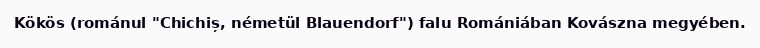
Kökös (románul "Chichiș, németül Blauendorf") falu Romániában Kovászna megyében.